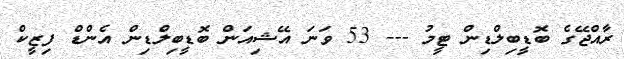
ރާއްޖޭގެ ބޮޑީބިލްޑިން ޓީމު --- 53 ވަނަ އޭޝިއަން ބޮޑީބިލްޑިން އެންޑް ފިޒީކް